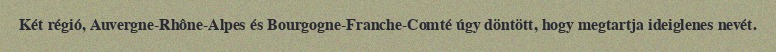
Két régió, Auvergne-Rhône-Alpes és Bourgogne-Franche-Comté úgy döntött, hogy megtartja ideiglenes nevét.